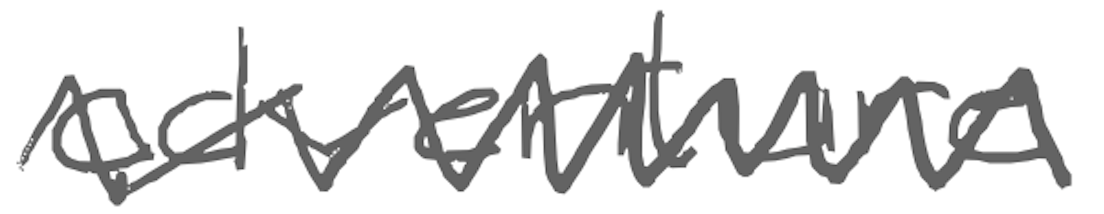
Text: adventure
Cross-out: mix
Writing tool: digital_gray